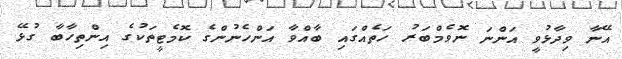
އޭނާ ވިދާޅުވީ އަންނަ ނޮވެމްބަރު ހަތެއްގައި ބާއްވާ އަންހެނުންގެ ކޮމެޓީތަކުގެ އިންތިހާބާ ގުޅޭ